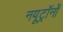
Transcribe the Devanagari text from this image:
नयूट्रॉनों